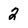
Character: 2